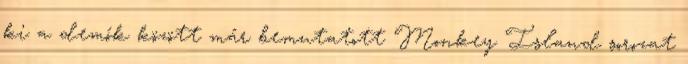
ki a demók között már bemutatott Monkey Island sorozat